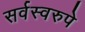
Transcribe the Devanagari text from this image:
सर्वस्वरुपे